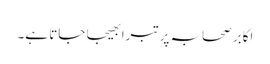
اکابر صحابہ پر تبرا بھیجا جاتا ہے۔